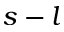
s - l